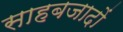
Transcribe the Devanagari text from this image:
साहबजादों